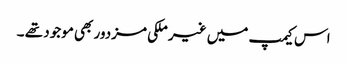
اس کیمپ میں غیر ملکی مزدور بھی موجود تھے ۔